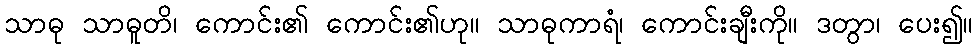
သာဓု သာဓူတိ၊ ကောင်း၏ ကောင်း၏ဟု။ သာဓုကာရံ၊ ကောင်းချီးကို။ ဒတွာ၊ ပေး၍။